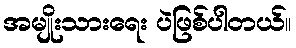
အမျိုးသားရေး ပဲဖြစ်ပါတယ်။